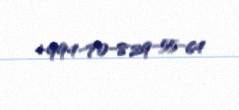
+994-70-829-55-64